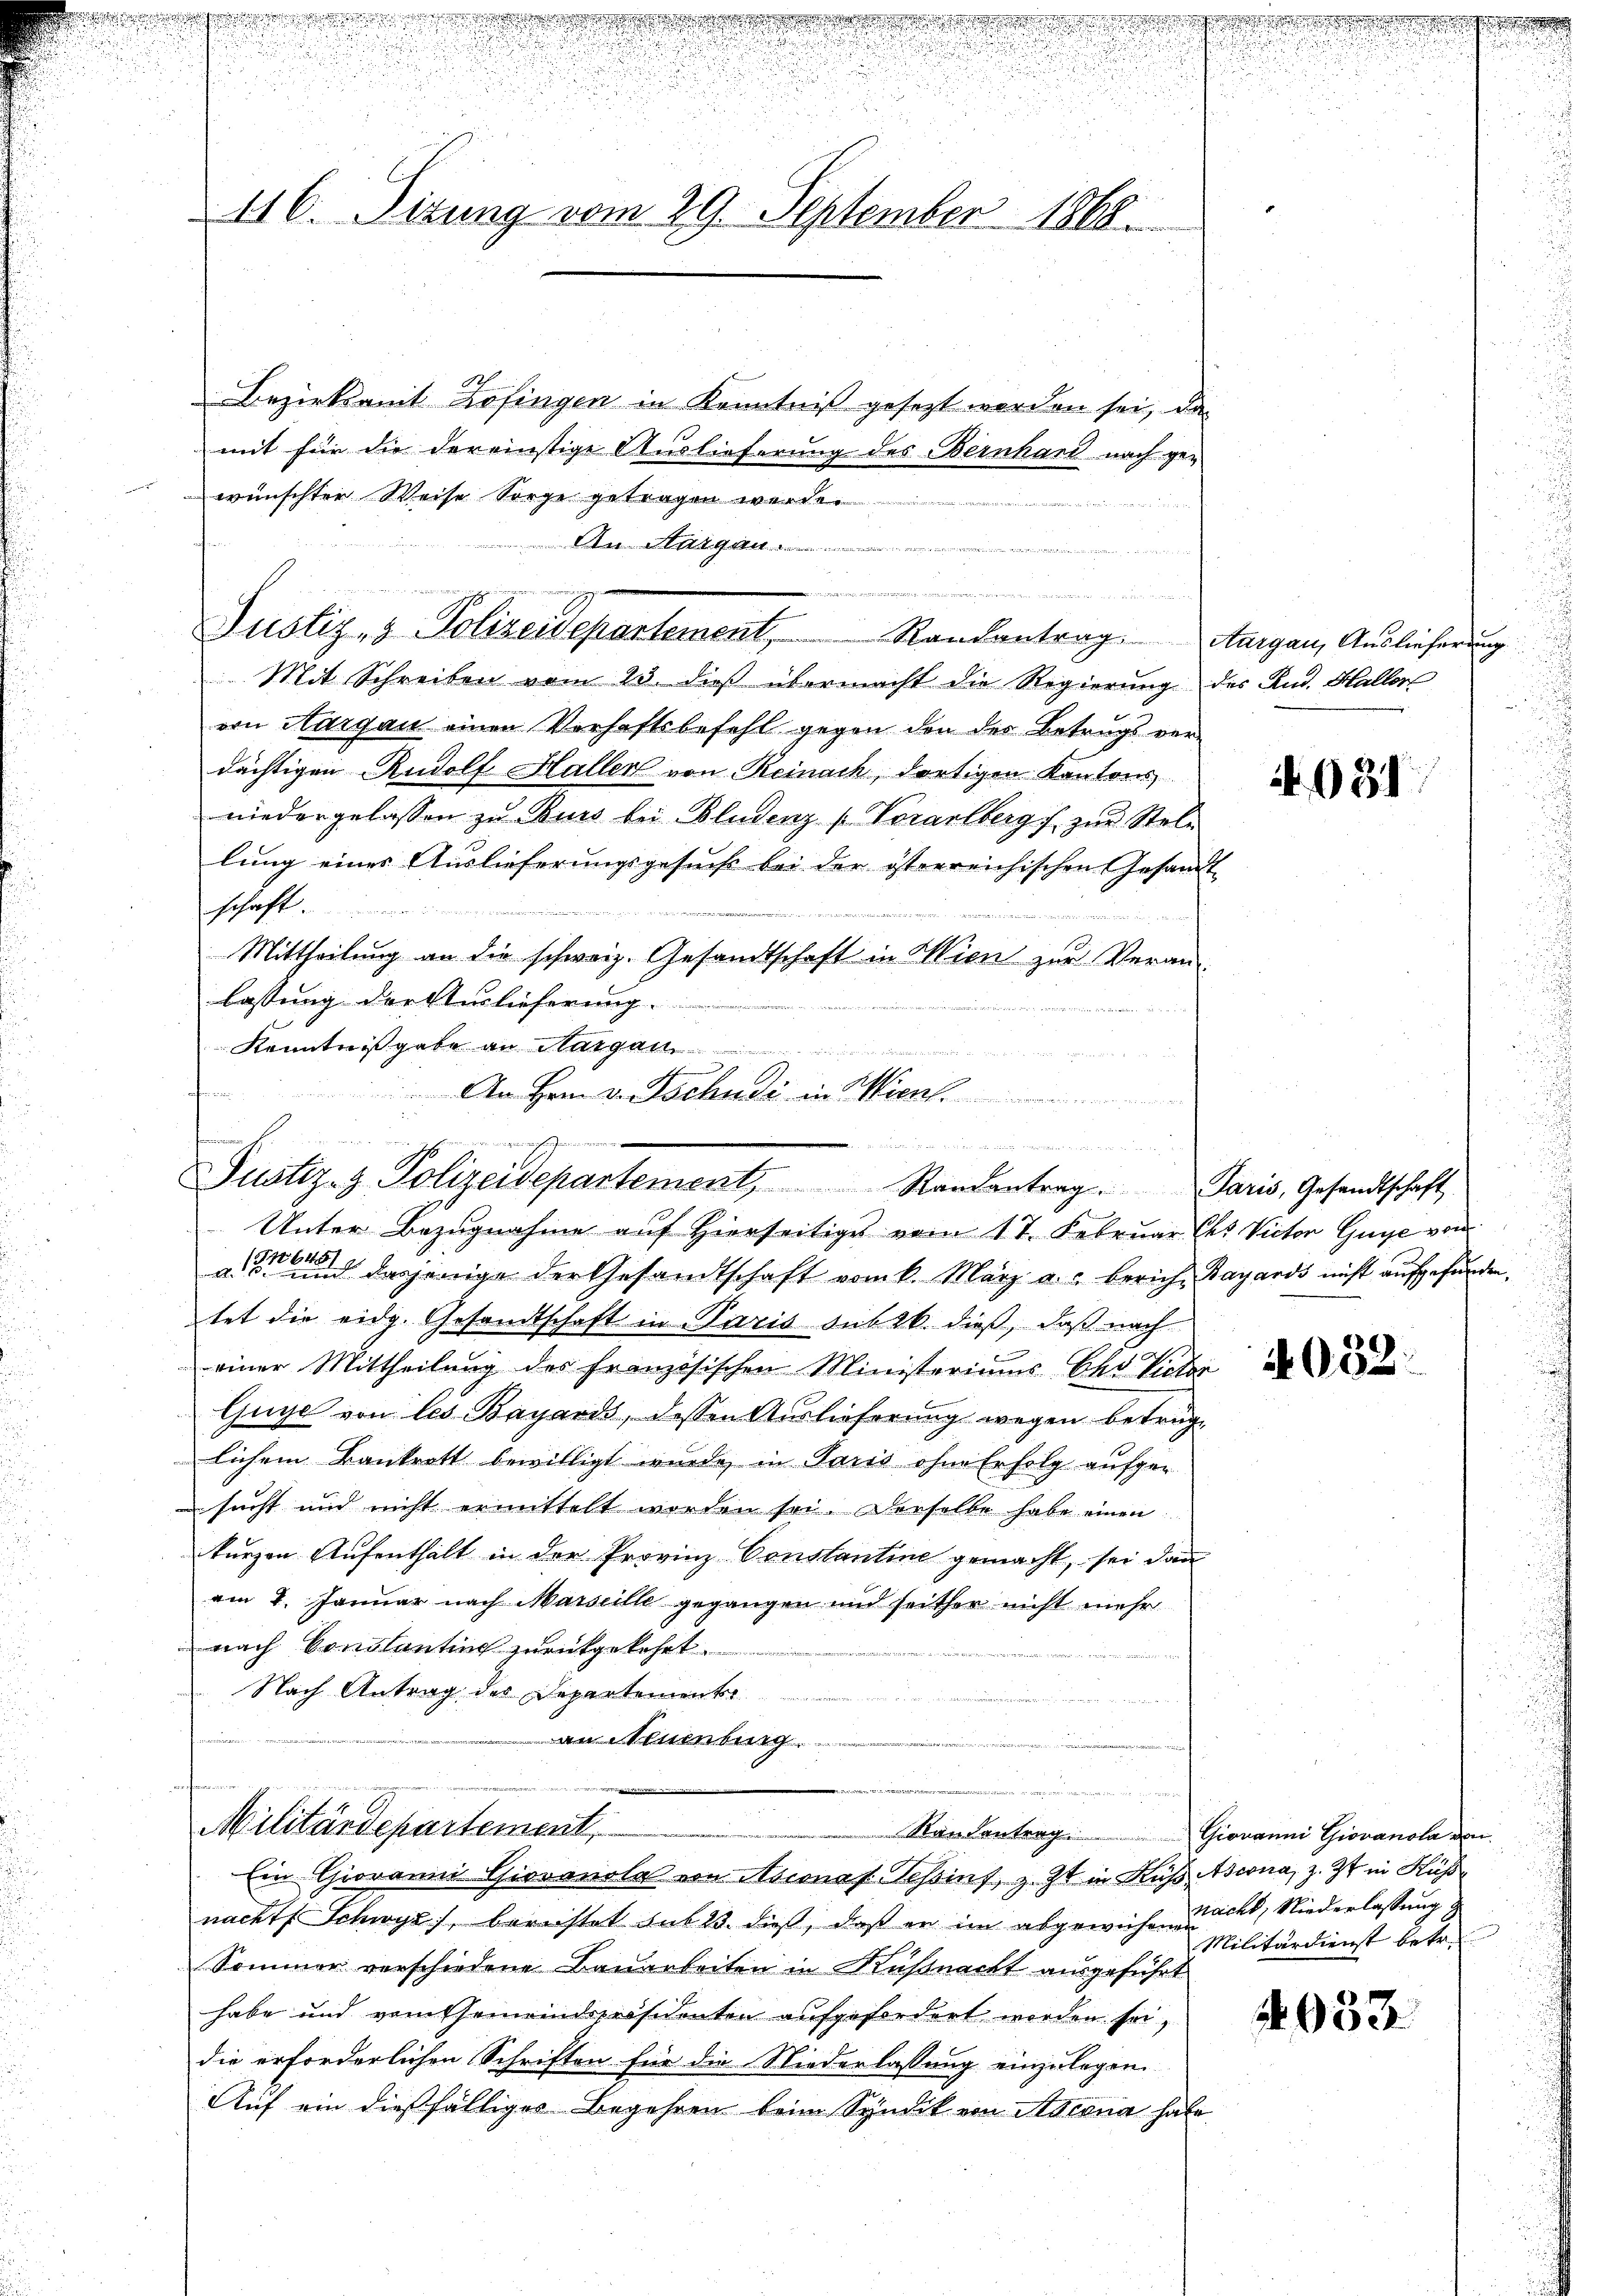
ung
.
.

416. Situng vom 29. September 1888.

Bezirksamt Zofingen in Kenntniß gesezt worden sei, da
mit für die dereinstige Auslieferung des Bernhard nach gewünschter Weise Sorge getragen werde.
Mit Schreiben vom 23. dieß übermacht die Regierung des Rud. Haller
von Aargau einen Verhaftsbefehl gegen den des Betrugs verdächtigen Rudolf Haller von Reinach, dortigen Kantons
niedergelassen zu Burs bei Bludenz (Vorarlberg zur Stellung eines Auslieferungsgesuchs bei der österreichischen Gesandt
schaft

Mittheilung an die schweiz. Gesandtschaft in Wien zur Veran
lassung der Auslieferung.

Kenntnißgabe an Margau
1
f
An Hrn. v. Tschudi in Wien.

wenn einer wenige

.
.
Justiz- & Polizeisepartement, Randantrag. Aargau, Auslieferung

wigen
   und die das als dem
Justiz- & Polizeidepartement, Randantrag.
Unter Bezugnahme auf Hierseitiges vom 17. Februar Chr. Victor Guye von

a   dasjenige der Gesandtschaft vom k. März a. a. Zürich Bayards nicht aufgefunden.
tet die eidg. Gesandtschaft in Paris sub 26. dieß, daß nach
einer Mittheilung des französischen Ministeriums Chr. Vieler
Guye von les Bayards, dessen Auslieferung wegen betrüglichem Bankrott bewilligt wurde in Paris ohne Erfolg aufgen
sucht und nicht ermittelt worden sei. Derselbe habe einen
kurzen Aufenthält in der Provinz Constantine gemacht, sei dann
am 4. Januar nach Marseille gegangen und seither nicht mehr
nach Conslantine zurückgekehrt.
Nach Antrag des Departemente
an Naumburg.

f
e
Militärdepartement
Randantrag.
Ein Giovanni Giovanola von Niconas Tessins, z. Zt. in Kuß Asorna, z. Zt. in Küss

nacht Schwyz, beristet sub 23. dieß, daß er im abgewiesen nicht, Niederlassung.
Sommer verschiedene Bauarbeiten in Küßnacht ausgeführt
habe und vom Gemeindspräsidenten aufgefordert werden sei,
die erforderlichen Schriften für die Niederlassung einzulegen.
Auf ein dießfälliges Begehren beim Syndik von Ascona habe

a

031

Paris, Gesandtschaft

4032:

Giovanni Giovanola von
Militärdienst betr.

.

4953